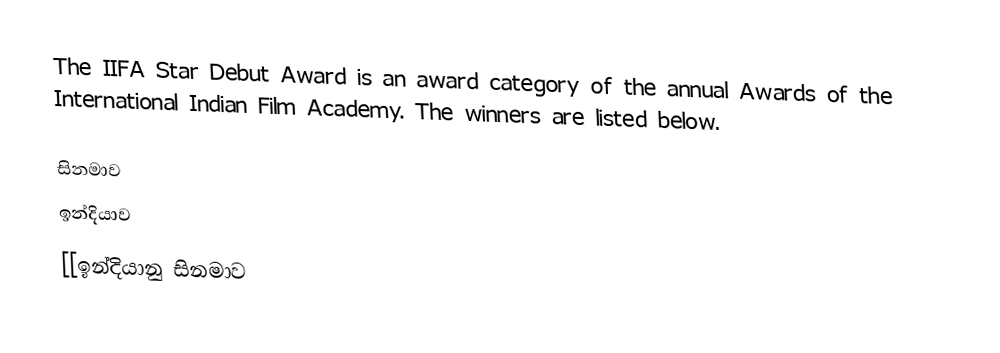
The IIFA Star Debut Award is an award category of the annual Awards of the International Indian Film Academy. The winners are listed below.

සිනමාව
ඉන්දියාව
[[ඉන්දියානු සිනමාව